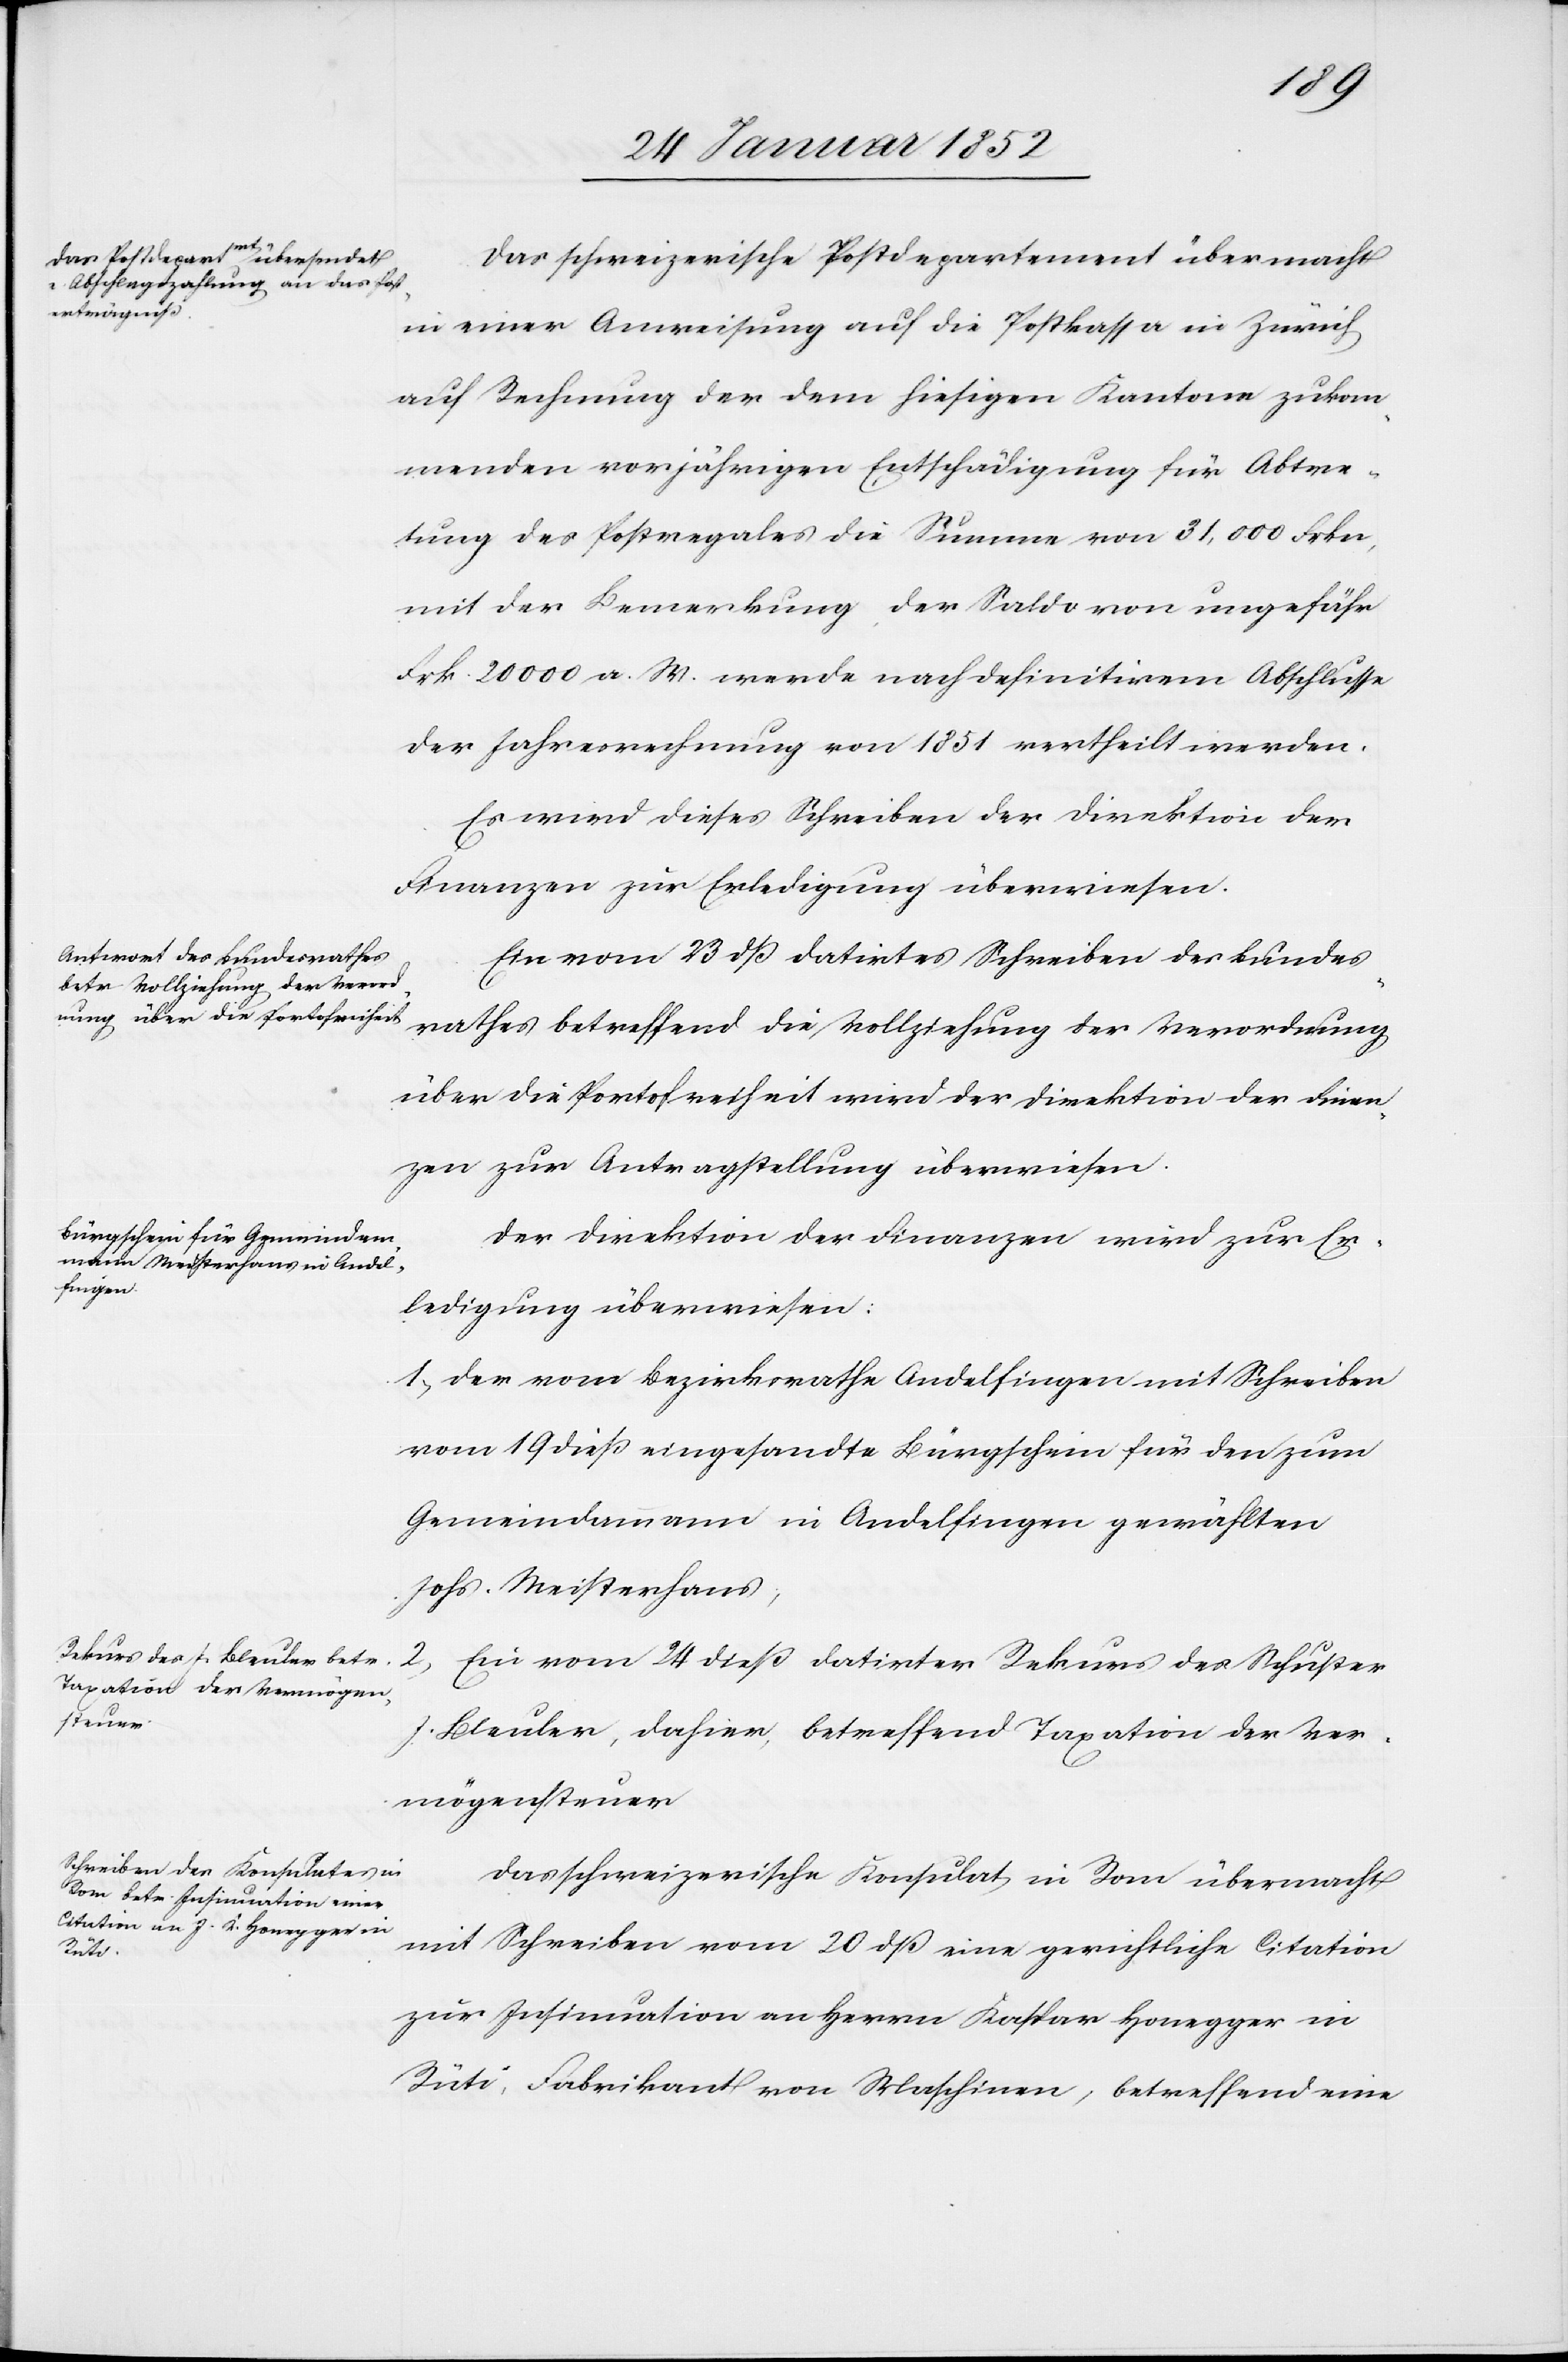
den

26 Januar 1852]
Das schweizerische Postdepartement übermacht
in einer Anweisung auf die Postkassa in Zürich
auf Rechnung der dem hiesigen Kantone zukom¬
menden vorjährigen Entschädigung von 31,000
mit der Bemerkung der Saldo von ungefähr
Frk. 20 000 a. W. werde nach definitivem Abschlusse
der Jahresrechnung von 1851 vertheilt werden.
Es wird dieses Schreiben der Direktion der
Finanzen zur Erledigung überwiesen.
Ein vom 23 dß datirtes Schreiben des Bundes¬
rathes betreffend die Vollziehung der Verordnung
über die Portofreiheit wird der Direktion der Finan¬
zen zur Antragstellung überwiesen.
Der Direktion der Finanzen wird zur Er¬
ledigung überwiesen:
1) Der vom Bezirksrathe Andelfingen mit Schreiben
vom 19 dieß eingesandte Bürgschein für den zum
Gemeindammann in Andelfingen gewählten
Johs. Meisterhans.
2) Ein vom 24 Dieß datirter Rekurs des Schuster
J. Bleuler, dahier, betreffend Taxation der Ver¬
mögenssteuer.
Das Schweizerische Konsulat in Rom übermacht
mit Schreiben vom 20 dß eine gerichtliche Citation
zur Insinuation an Herrn Kaspar Honegger in
Rüti, Fabrikant von Maschinen, betreffend